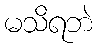
မသိရဘဲ